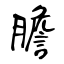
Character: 膽